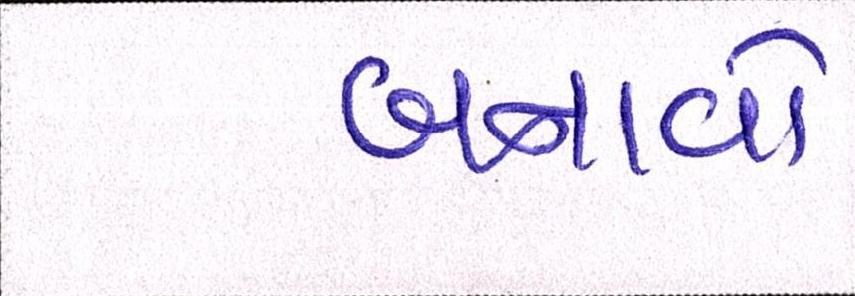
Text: બનાવો